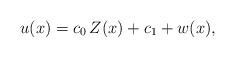
LaTeX: \begin{align*} u(x)=c_0\,Z(x)+ c_1+w(x), \end{align*}